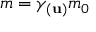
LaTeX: m = \gamma _ { ( \mathbf { u } ) } m _ { 0 }